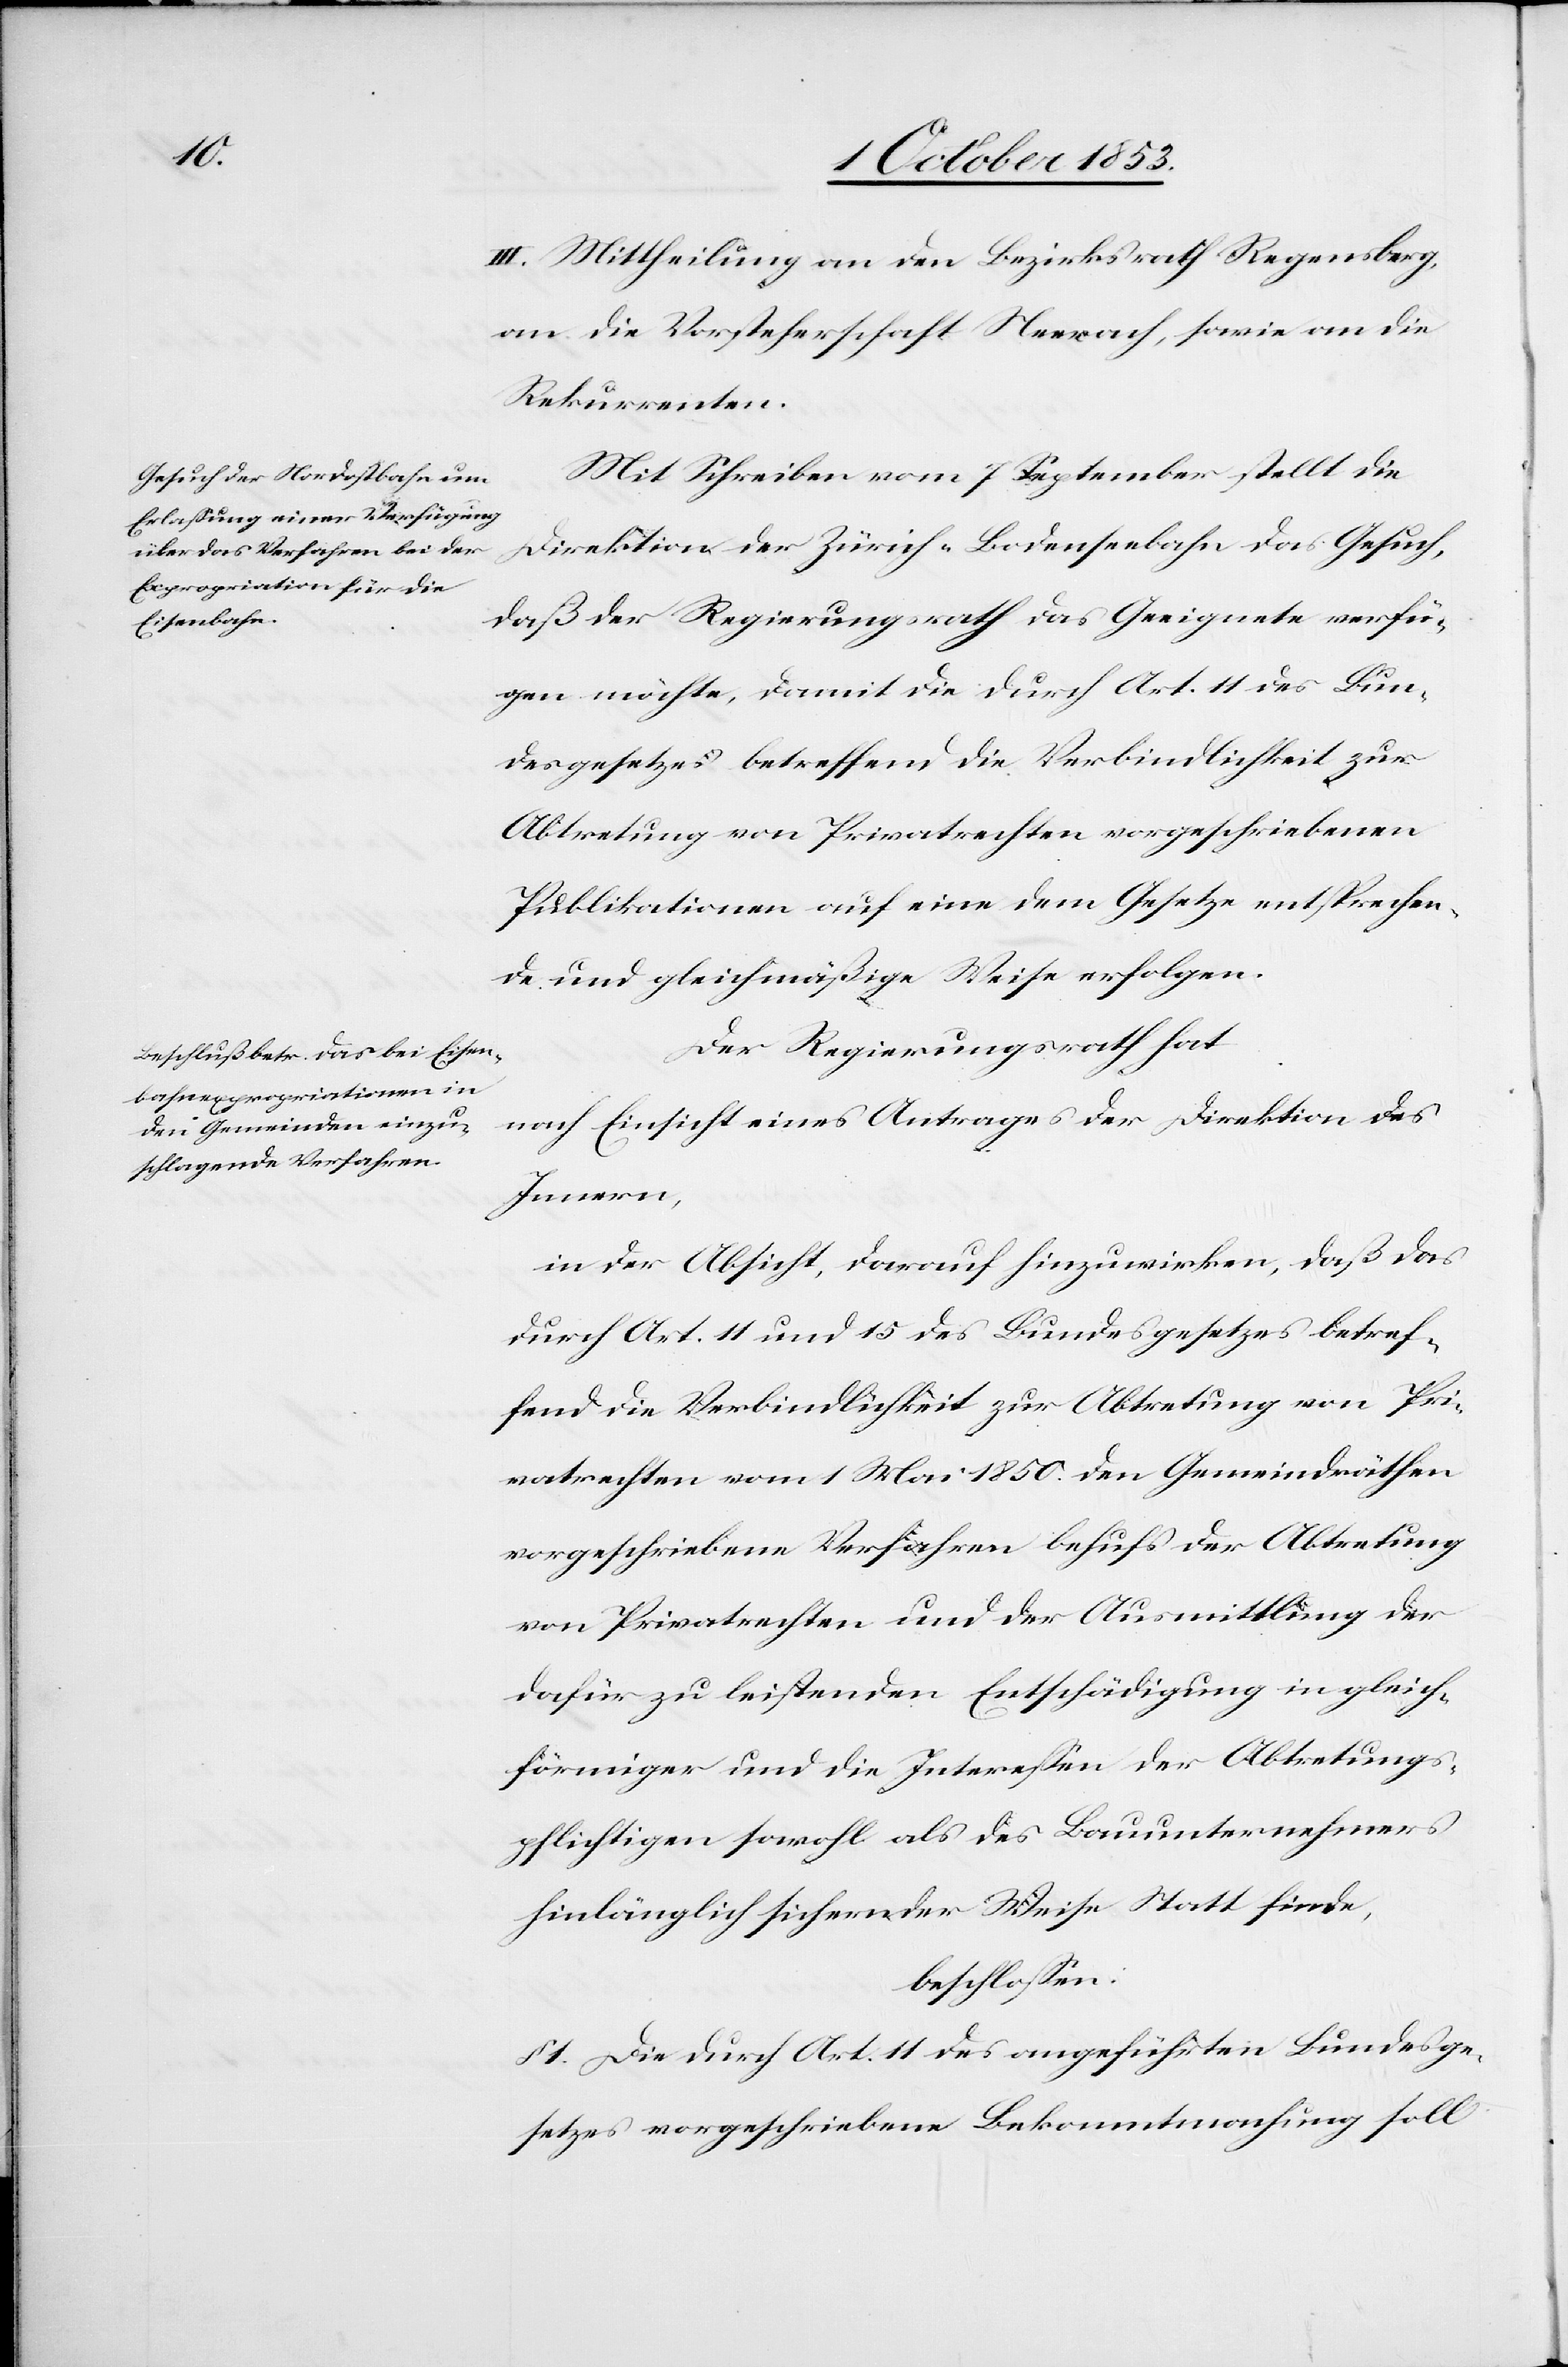
III. Mittheilung an den Bezirksrath Regensberg,
an die Vorsteherschaft Neerach, sowie an die
Rekurrenten.
Mit Schreiben vom 7 September stellt die
Direktion der Zürich-Bodenseebahn das Gesuch,
daß der Regierungsrath das Geeignete verfü¬
gen möchte, damit die durch Art. 11 des Bun¬
desgesetzes betreffend die Verbindlichkeit zur
Abtretung von Privatrechten vorgeschriebenen
Publikationen auf eine dem Gesetze entsprechen¬
de und gleichmäßige Weise erfolgen.
Der Regierungsrath hat
nach Einsicht eines Antrages der Direktion des
Innern,
in der Absicht, darauf hinzuwirken, daß das
durch Art. 11 und 15 des Bundesgesetzes betref¬
fend die Verbindlichkeit zur Abtretung von Pri¬
vatrechten vom 1 Mai 1850. den Gemeindräthen
vorgeschriebene Verfahren behufs der Abtretung
von Privatrechten und der Ausmittlung der
dafür zu leistenden Entschädigung in gleich¬
förmiger und die Intereßen der Abtretungs¬
pflichtigen sowohl als des Bauunternehmers
hinlänglich sichernden Weise statt finde,
beschloßen:
1. Die durch Art. 11 des angeführten Bundesge¬
setzes vorgeschriebene Bekanntmachung soll